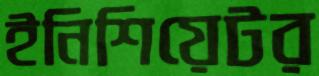
ইনিশিয়েটর